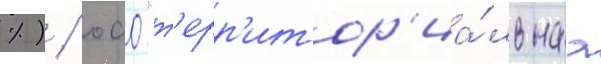
%) / оао "т'ерр'итор'иа́льнаа